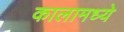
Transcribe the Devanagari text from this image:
कालामध्ये